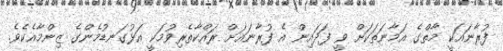
ފުރާނައަކީ މާތްގެ އަމާނަތަކަށް ވީ ފަދައިން އެ ފުރާނައަށް ރައްކާތެރިވުމަކީ އަޅުގަނޑުމެންގެ ޒިންމާއެކެވެ.